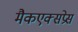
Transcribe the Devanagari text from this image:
मैकएक्सप्रेस